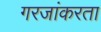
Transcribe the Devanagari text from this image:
गरजांकरता